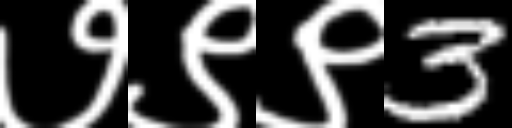
Text: ७९९3